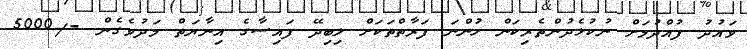
ވައުދު ފުއްދުމަށް ނުކުޅެދުންތެރިކަން ހުންނަ ފަރާތްތަކަށް ލިބިދޭ ފައިސާގެ އިނާޔަތް މަދުވެގެން -/5000